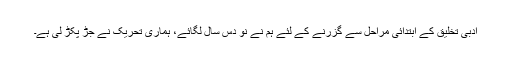
ادبی تخلیق کے ابتدائی مراحل سے گزرنے کے لئے ہم نے نو دس سال لگائے، ہماری تحریک نے جڑ پکڑ لی ہے۔